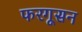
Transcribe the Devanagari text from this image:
फरगूसन